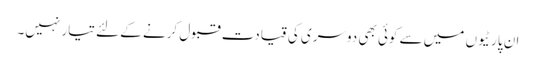
ان پارٹیوں میں سے کوئی بھی دوسری کی قیادت قبول کرنے کے لئے تیار نہیں۔